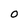
Character: O